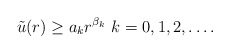
\begin{align*}\tilde{u}(r) \geq a_{k}r^{\beta_k}\,\, k=0,1,2,\ldots.\end{align*}